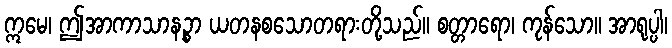
ဣမေ၊ ဤအာကာသာနဉ္စာ ယတနစသောတရားတို့သည်။ စတ္တာရော၊ ကုန်သော။ အာရုပ္ပါ၊